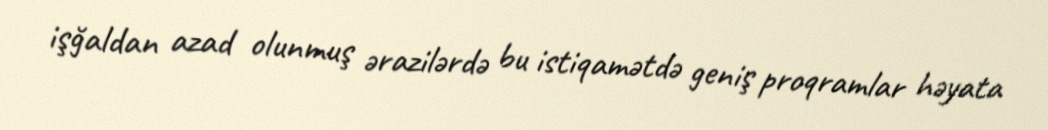
işğaldan azad olunmuş ərazilərdə bu istiqamətdə geniş proqramlar həyata